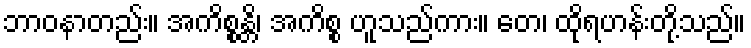
ဘာဝနာတည်း။ အကိစ္စန္တိ၊ အကိစ္စ ဟူသည်ကား။ တေ၊ ထိုရဟန်းတို့သည်။